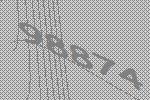
98874